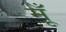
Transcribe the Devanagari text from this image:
मूँ